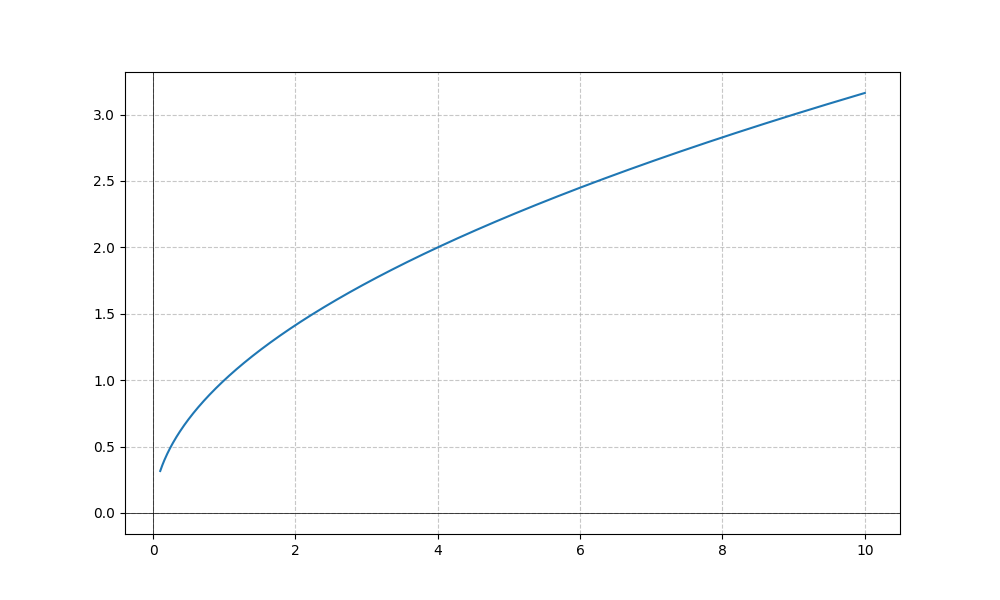
LaTeX formula: \sqrt{x}